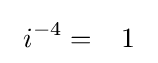
\ i^{-4}={\phantom {-}}1{\phantom {i}}